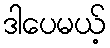
ဒါပေမယ့်